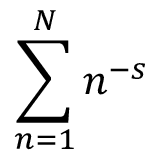
\sum _ { n = 1 } ^ { N } n ^ { - s }